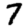
Digit: 7